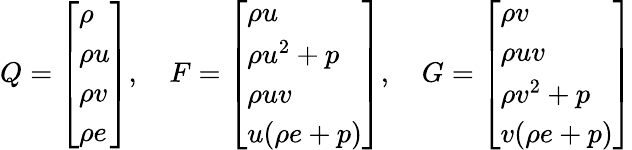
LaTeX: Q=\left[\begin{array}{l}{\rho}\\ {\rho u}\\ {\rho v}\\ {\rho e}\end{array}\right],\quad F=\left[\begin{array}{l}{\rho u}\\ {\rho u^{2}+p}\\ {\rho uv}\\ {u(\rho e+p)}\end{array}\right],\quad G=\left[\begin{array}{l}{\rho v}\\ {\rho uv}\\ {\rho v^{2}+p}\\ {v(\rho e+p)}\end{array}\right]